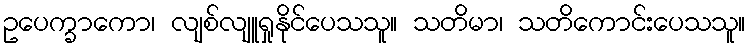
ဥပေက္ခာကော၊ လျစ်လျူရှုနိုင်ပေသသူ။ သတိမာ၊ သတိကောင်းပေသသူ။